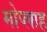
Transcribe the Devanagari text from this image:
मोप्लाह